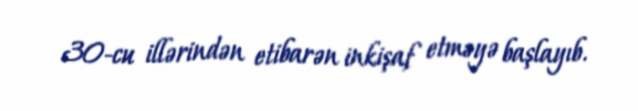
30-cu illərindən etibarən inkişaf etməyə başlayıb.